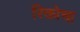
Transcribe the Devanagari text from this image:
रिकोचा